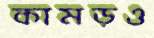
কামড়ও